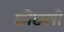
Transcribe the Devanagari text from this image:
छीछली